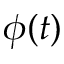
\phi ( t )